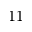
1 1